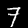
Digit: 7